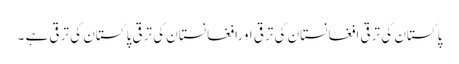
پاکستان کی ترقی افغانستان کی ترقی اورافغانستان کی ترقی پاکستان کی ترقی ہے ۔